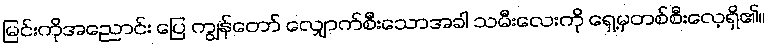
မြင်းကိုအညောင်း ပြေ ကျွန်တော် လျှောက်စီးသောအခါ သမီးလေးကို ရှေ့မှတစ်စီးလေ့ရှိ၏။